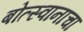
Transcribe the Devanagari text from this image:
बोत्स्वानाचा